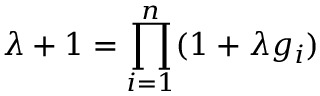
\lambda + 1 = \prod _ { i = 1 } ^ { n } ( 1 + \lambda g _ { i } )